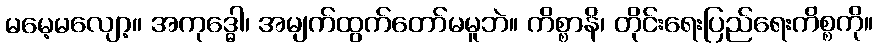
မမေ့မလျော့။ အကုဒ္ဓေါ၊ အမျက်ထွက်တော်မမူဘဲ။ ကိစ္စာနိ၊ တိုင်းရေးပြည်ရေးကိစ္စကို။